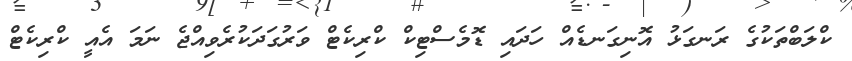
ކްލަބްތަކުގެ ރަނގަޅު އޮނިގަނޑެއް ހަދައި ޑޮމެސްޓިކް ކްރިކެޓް ވަރުގަދަކުރެވިއްޖެ ނަމަ އެއީ ކްރިކެޓް